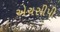
એચસીપી